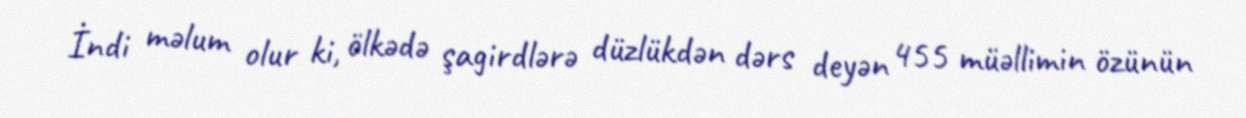
İndi məlum olur ki, ölkədə şagirdlərə düzlükdən dərs deyən 455 müəllimin özünün